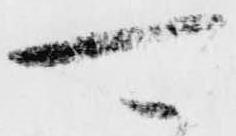
可